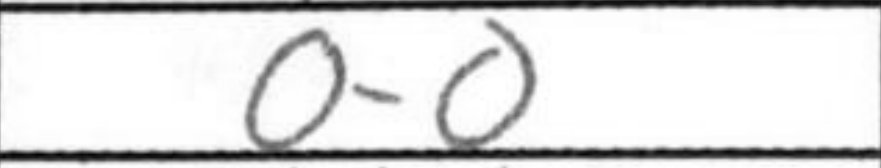
Transcription: O-O